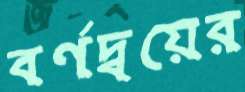
বর্ণদ্বয়ের